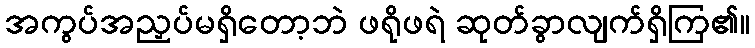
အကွပ်အညှပ်မရှိတော့ဘဲ ဖရိုဖရဲ ဆုတ်ခွာလျက်ရှိကြ၏။